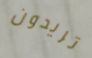
تريدون